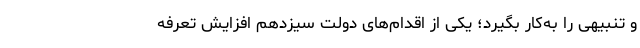
و تنبیهی را به‌کار بگیرد؛ یکی از اقدام‌های دولت سیزدهم افزایش تعرفه